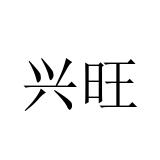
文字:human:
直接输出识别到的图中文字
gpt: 兴旺